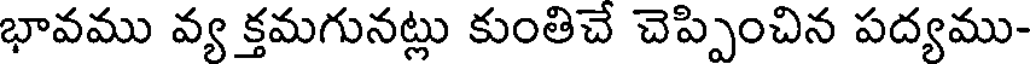
భావము వ్య క్తమగునట్లు కుంతిచే చెప్పించిన పద్యము-